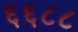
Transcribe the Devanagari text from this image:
६६८८